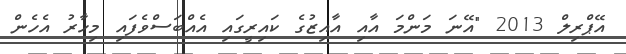
އޭޕްރިލް 2013 "އޭނަ މަންމަ އާއި އާއިޒުގެ ކައިރީގައި އެއްބަސްވެފައި މިހާރު އެހެން